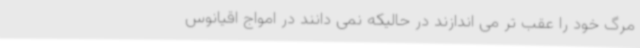
مرگ خود را عقب تر می اندازند در حالیکه نمی دانند در امواج اقیانوس